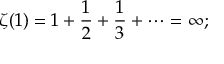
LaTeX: \zeta ( 1 ) = 1 + { \frac { 1 } { 2 } } + { \frac { 1 } { 3 } } + \cdots = \infty ;